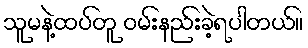
သူမနဲ့ထပ်တူ ဝမ်းနည်းခဲ့ရပါတယ်။